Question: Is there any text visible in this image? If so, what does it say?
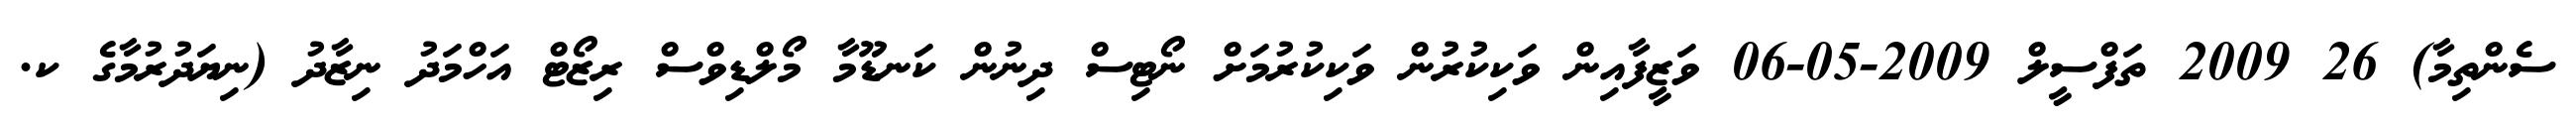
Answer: ސެންތިމާ) 26 2009 ތަފްސީލް 2009-05-06 ވަޒީފާއިން ވަކިކުރުން ވަކިކުރުމަށް ނޯޓިސް ދިނުން ކަނޑޫމާ މޯލްޑިވްސް ރިޒޯޓް އަހްމަދު ނިޒާދު (ނިޔަދުރުމާގެ ކ.